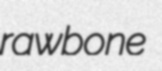
rawbone